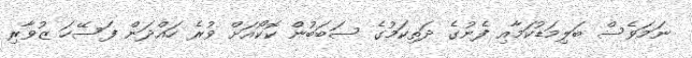
ނަމަވެސް ބަލިމަޑުކަމާއި ފެނުގެ ދަތިކަމުގެ ސަބަބުން ކޮކޯއަށް ވުރެ ހައްދަން ފަސޭހަ ޒުވާރި